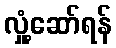
လှုံ့ဆော်ရန်